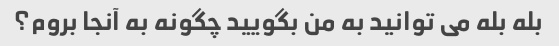
بله بله می توانید به من بگویید چگونه به آنجا بروم؟